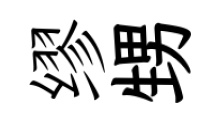
缪甥